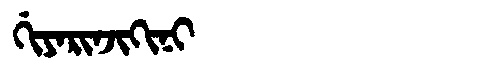
Manchu: ᡤᡳᠶᠠᡵᡳᠨᠵᡳᡴᡳᠨᡳ
Romanization: GIYARINJIKINI